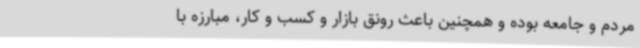
مردم و جامعه بوده و همچنین باعث رونق بازار و کسب و کار، مبارزه با